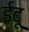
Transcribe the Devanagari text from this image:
ईदू